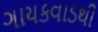
ગાયકવાડથી